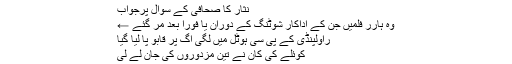
نثار کا صحافی کے سوال پرجواب
وہ ہارر فلمیں جن کے اداکار شوٹنگ کے دوران یا فوراً بعد مر گئے ←
راولپنڈی کے پی سی ہوٹل میں لگی آگ پر قابو پا لیا گیا
کوئلے کی کان نے تین مزدوروں کی جان لے لی